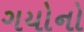
ગયોનો